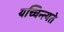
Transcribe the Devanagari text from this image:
यच्चिन्त्यते